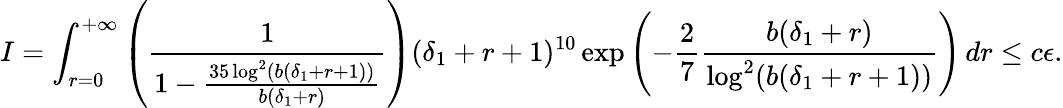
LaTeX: I=\int_{r=0}^{+\infty}\left(\frac{1}{1-\frac{35\log^{2}(b(\delta_{1}+r+1))}{b(\delta_{1}+r)}}\right)(\delta_{1}+r+1)^{10}\exp\left(-\frac{2}{7}\frac{b(\delta_{1}+r)}{\log^{2}(b(\delta_{1}+r+1))}\right)\, dr\leq c\epsilon.